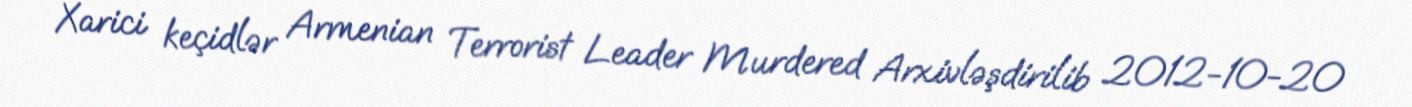
Xarici keçidlər Armenian Terrorist Leader Murdered Arxivləşdirilib 2012-10-20